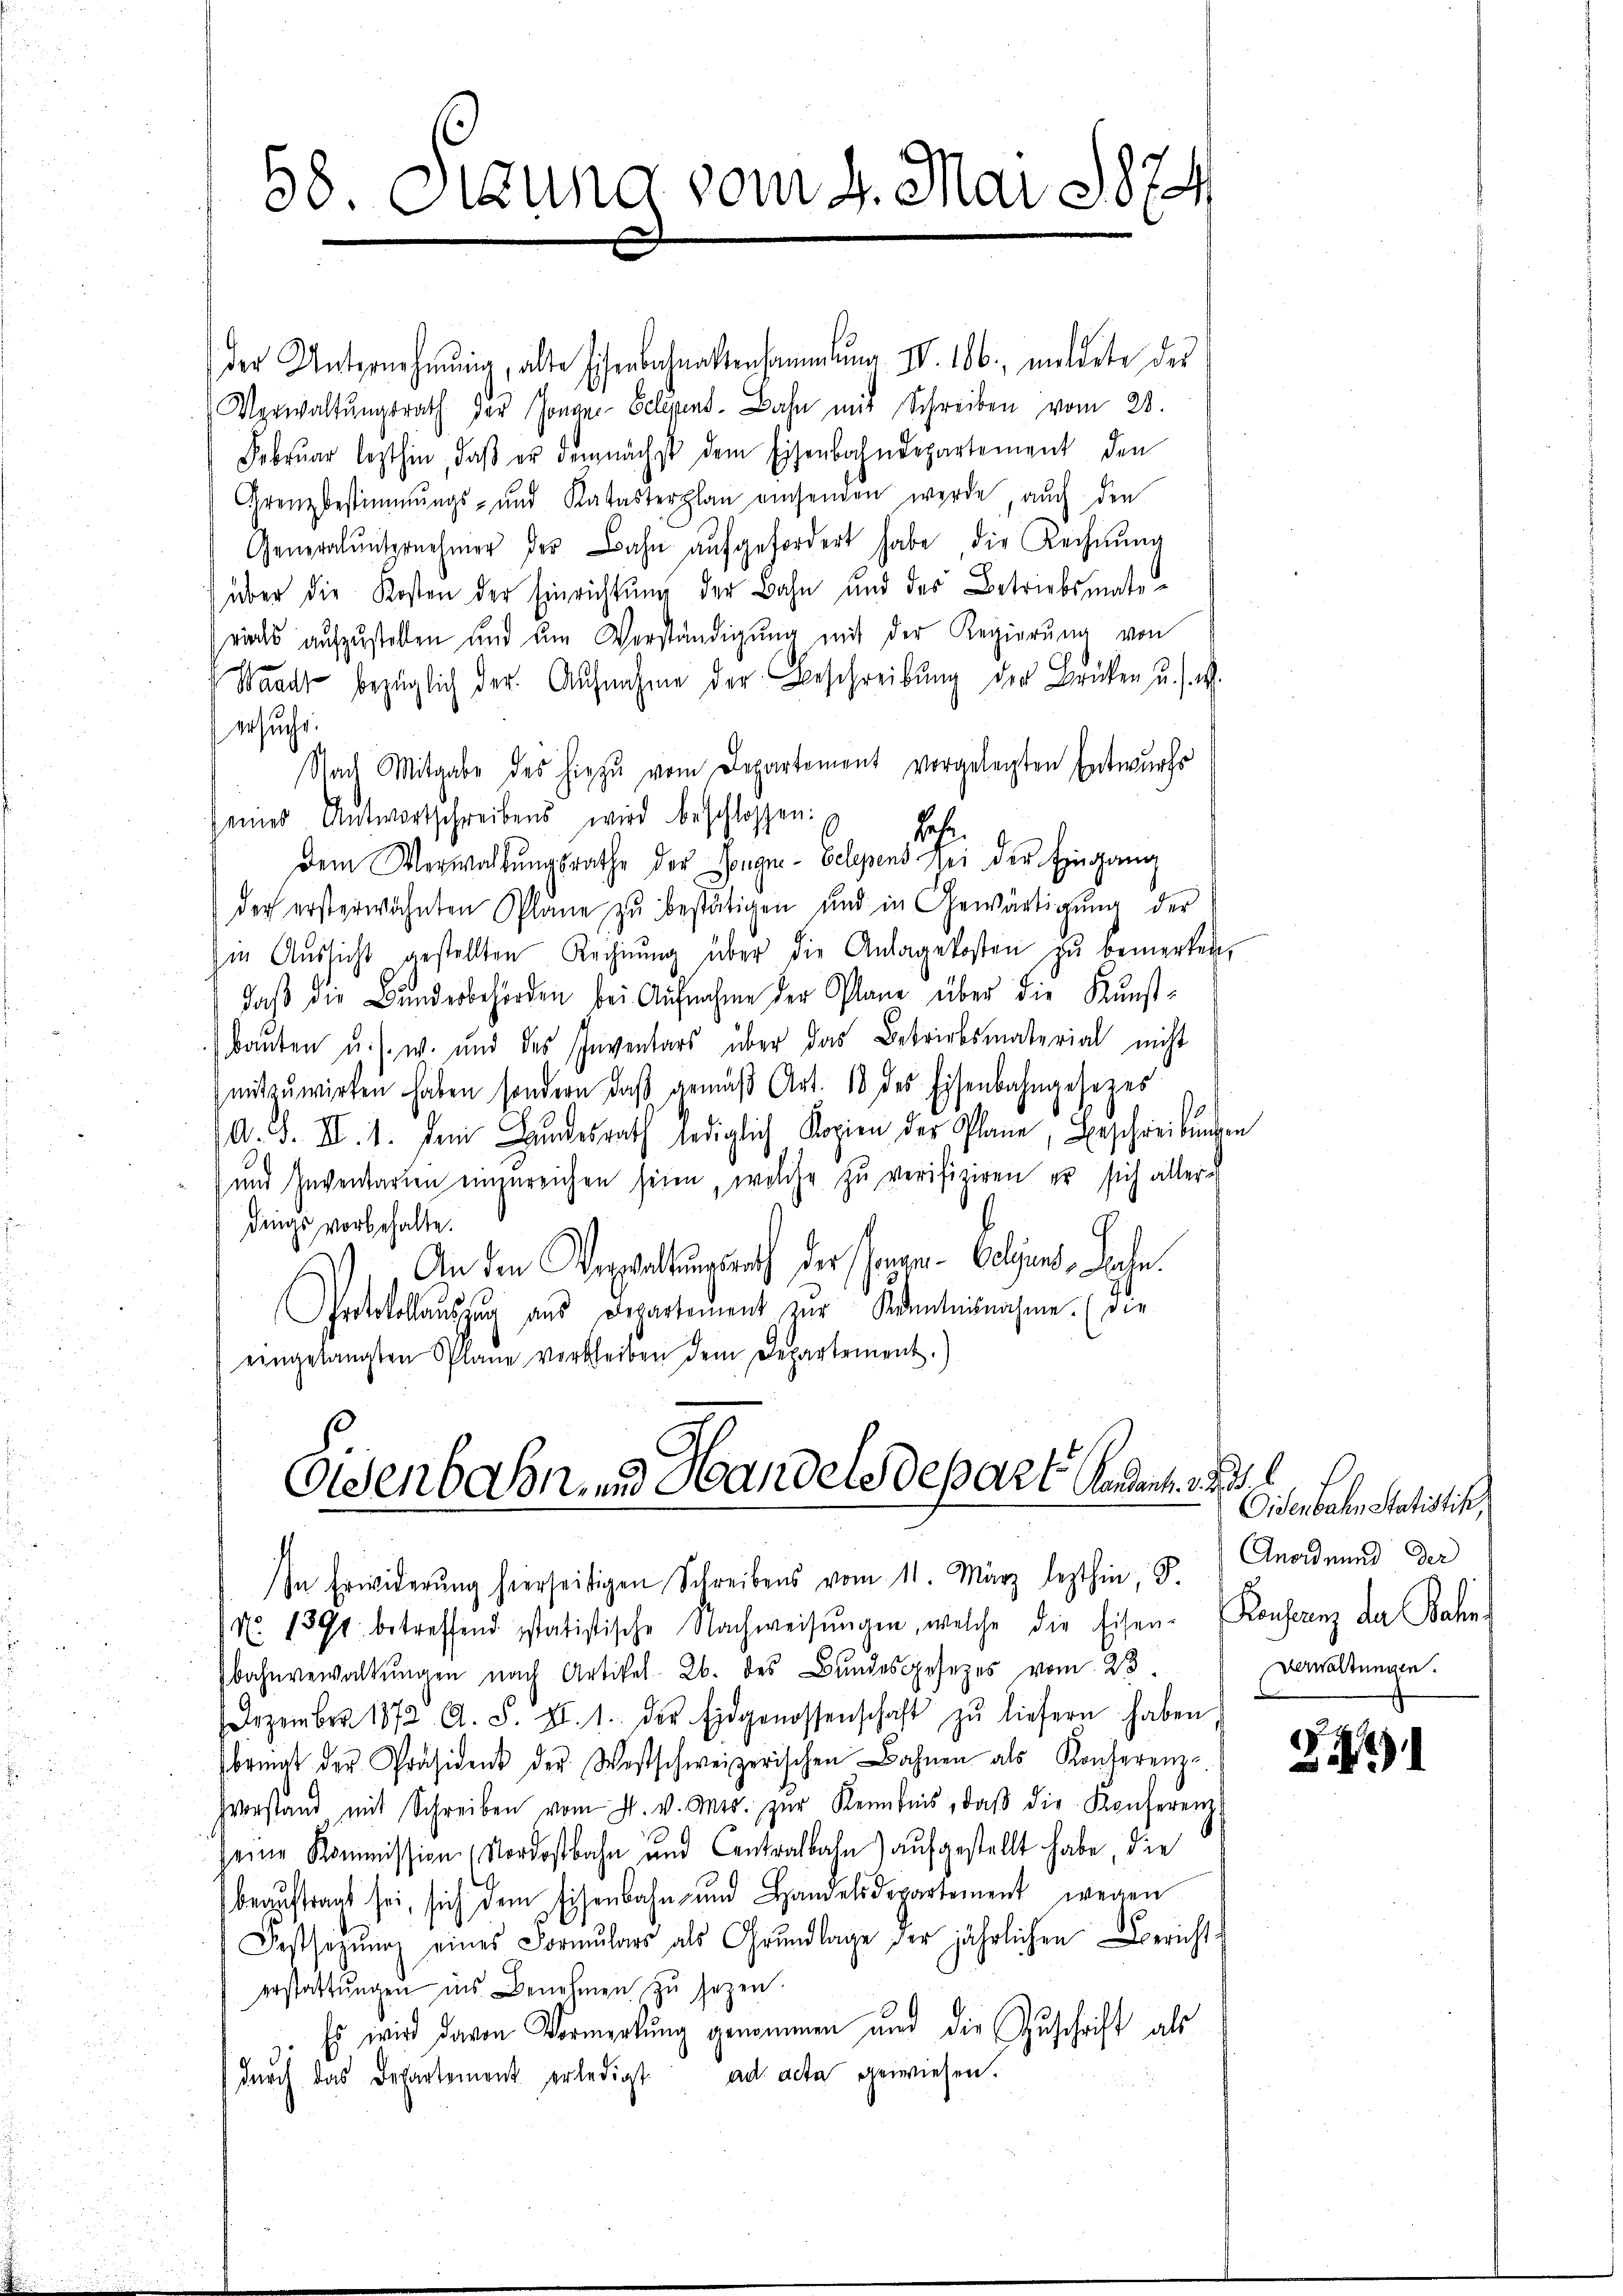
58 Sizung vom 4. Mai 1874

der Unternehmung, alte Eisenbahnaktensammlung IV 106, mildete des
Verwaltungsrath der Jonanz-Seligens. Bahn mit Schreiben vom 23.
Februar lezthin, daß er demnächst dem Eisenbahndepartement den
Grenzbestimmungs- und Katasterplan angenden werde, auch den
Generalunternehmer der Bahn aufgefordert habe, die Rechnung
über die Kosten der Einrichtung der Bahn und des Betriebsmatewids aufzustellen und ŭm Verständigung mit der Regierung von
Waadt bezüglich der Aufnahme der Beschreibung der Brüken u. s. w.
ersuche.
Nach Mitgabe des hiezu vom Departement vorgelegten Entwurfs
seines Antwortschreibens wird beschlossen:
Fahr
dem Verwaltŭngsrathe der Songni- Gelegens bei der Eingang
der ersterwähnten Plane zu bestätigen und in Gewärtigung der
Im Aŭssicht gestellten Rechnŭng über die Anlage kosten zu bemerken,
daß die Bundesbehörden bei Aufnahme der Plane über die Kunst-
bauten u. s. w. und des Inventars über das Betriebsmaterial nicht
mitzuwirken haben, sondern, daβ gemäβ Art. 18 des Eisenbahngesezes
A. S. XI. 1. Dem Bundesrath lediglich Kopien der Plane, Beschreibungen
 und Inventarien einzureichen seien, welche zu verifiziren er sich aller
dings vorbehalte.
.
An den Verwaltungsrath der angen-Gelegens, Bahn.
Protokollaŭszŭg aŭs Departement zŭr Adentesnahme. (die
eingelangten Plane verbleiben dem Departement.)

Eisenbahn- und Handelsdepart Andert w
.
In Erwiderŭng hierseitigen Schreibens vom 11. März lezthin 8. Anordnung der

No. 1391 betreffend statistische Nachweisŭngen, welche die Eisen-Konferenz der Bahn-
bahnverwaltŭngen nach Artikel 2. des Bundesgesezes vom 23.
Dezember 1872 A. S. XI. 1. der Eidgenossenschaft zŭ liefern haben
bringt der Präsidens der Westschweizerischen Bahnen als Konferenz-
hverstand mit Schreiben vom 4. v. Mts. zŭr Kenntnis, daβ die Konferenz
seine Kommission Nordostbahn und Centralbahn) aufgestellt habe, die
beauftragt sei, sich dem Eisenbahn- und Handelsdepartement wegen
Festsezŭng eines Formŭlars als Grŭndlage der jährlichen Bericht-
erstattungen ins Benehmen zu sezen.
Es wird davon Vormerkung genommen und die Zuschrift als
dŭrch das Departement erledigt ad acta gewiesen.

Oiderbahn statistik,
Verwaltungen.

2491